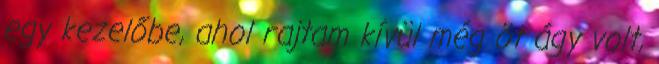
egy kezelőbe, ahol rajtam kívül még öt ágy volt,